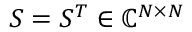
S = S ^ { T } \in \mathbb { C } ^ { N \times N }